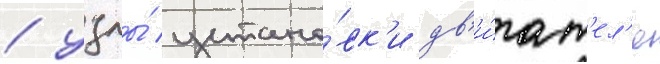
/ узлы́ устано́вк'и дв'и́гат'ел'я